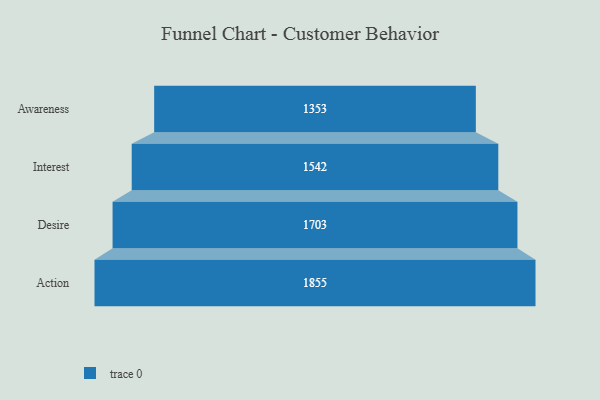
{"axis": {"x": "Stage", "y": "Value"}, "legend": [""], "data": [{"x": "Awareness", "y": 1353.0, "type": ""}, {"x": "Interest", "y": 1542.0, "type": ""}, {"x": "Desire", "y": 1703.0, "type": ""}, {"x": "Action", "y": 1855.0, "type": ""}]}